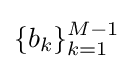
\{b_{k}\}_{k=1}^{M-1}